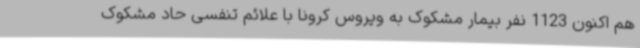
هم اکنون 1123 نفر بیمار مشکوک به ویروس کرونا با علائم تنفسی حاد مشکوک